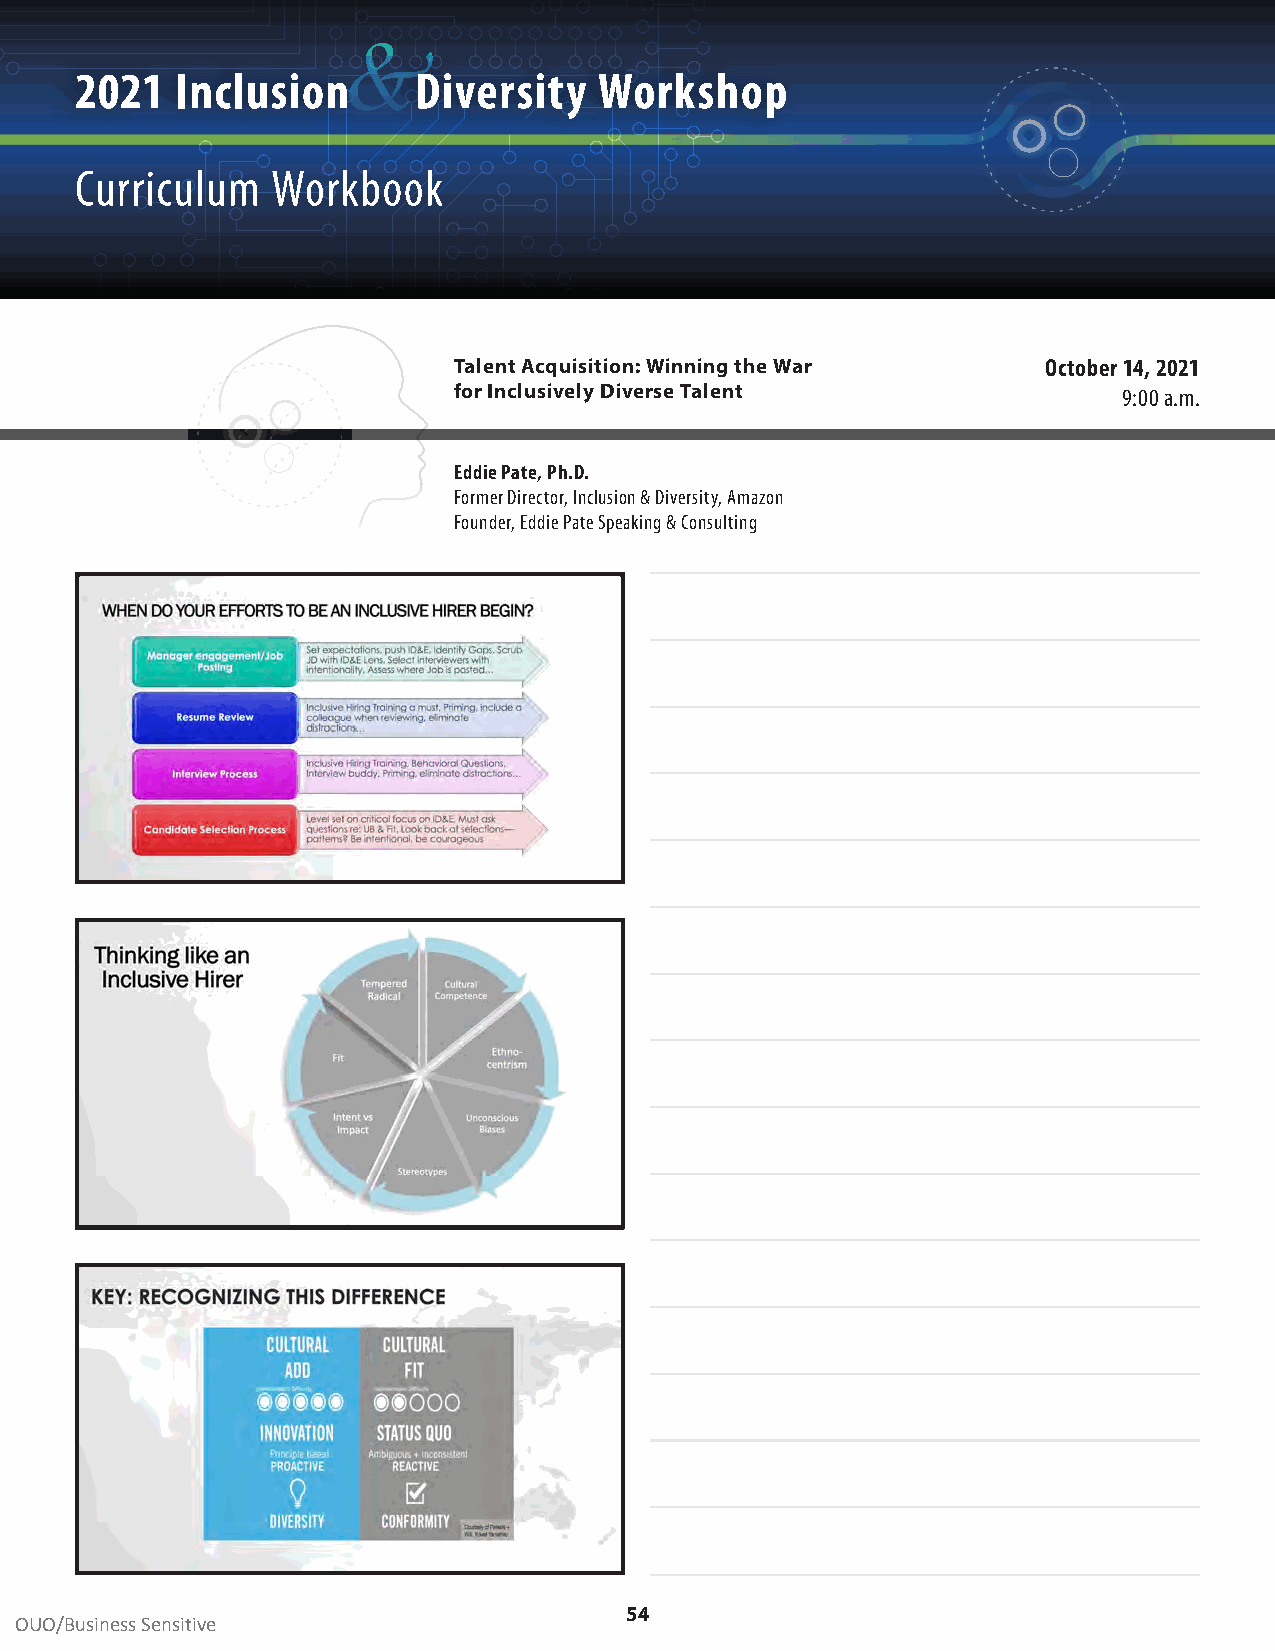
&
 2021   Inclusion      Diversity    Workshop
 Curriculum   Workbook
 Talent Acquisition: Winning the War    October 14, 2021
 for Inclusively Diverse Talent              9:00 a .m .
 Eddie Pate, Ph.D.
 Former Director, Inclusion & Diversity, Amazon
 Founder, Eddie Pate Speaking & Consulting
 54
 OUO/Business Sensitive